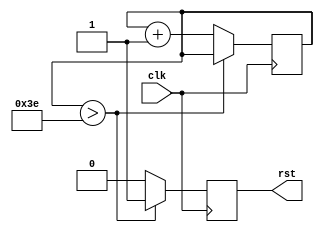
/*
	Ivan I. Ovchinnikov
	last upd.: 2016.02.20
*/

module globalReset			// to use this: set the initial for (~reset) and main circuit for (reset)
(
	input clk,				// 40 MHz
	output reg rst			// global enable
);
reg [5:0] count = 0;

always@(posedge clk)
begin
	if (count > 6'b111110) rst <= 1;		// on fpga start count 62 clocks and set global enable
	else begin rst <= 0; count <= count + 1'b1; end		// while count set enabe to low level
end
endmodule